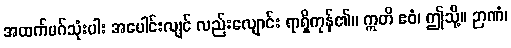
အထက်မဂ်သုံးပါး အပေါင်းလျင် လည်းလျောင်း ရာရှိကုန်၏။ ဣတိ ဧဝံ၊ ဤသို့။ ဉာဏံ၊